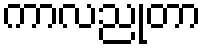
ကာလညုတာ